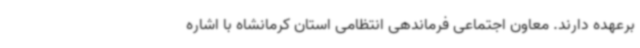
برعهده دارند. معاون اجتماعی فرماندهی انتظامی استان کرمانشاه با اشاره